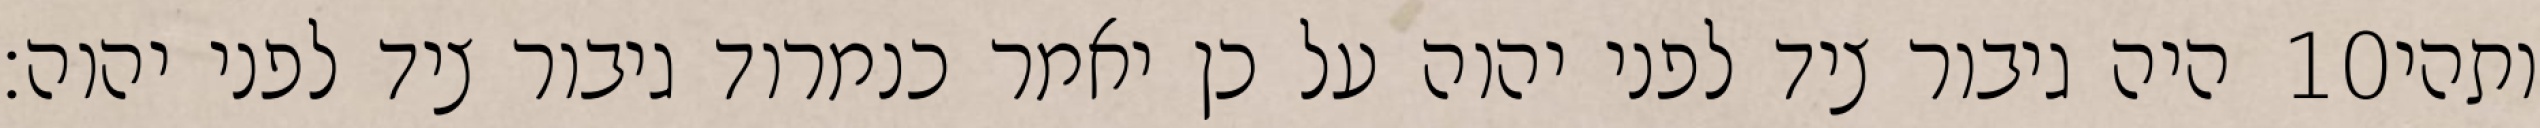
היה גיבור ציד לפני יהוה על כן יאמר כנמרוד גיבור ציד לפני יהוה׃ ‎10‏ ותהי